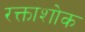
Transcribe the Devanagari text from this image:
रक्ताशोक